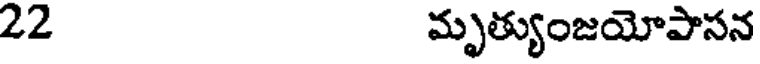
22 మృత్యుంజయోపాసన